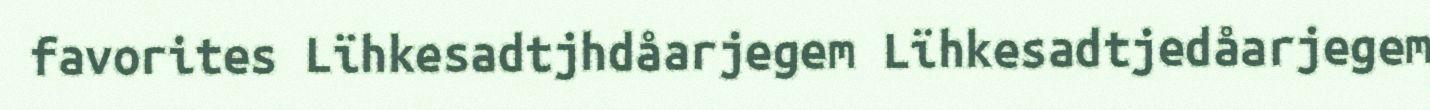
favorites Lïhkesadtjhdåarjegem Lïhkesadtjedåarjegem